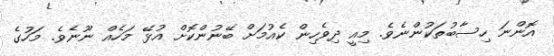
އޮންނަ ހިސާބުތަކުންނެވެ. މިއީ ދިވެހިން ކެއުމަށް ބޭނުންކޮށް އުޅޭ މަހެއް ނޫނެވެ. މަހުގެ